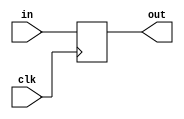
module PC(clk, in, out);

input wire clk;
input wire [31:0] in;

output wire [31:0] out;

reg [31:0] pc = 0;

always @(posedge clk)
    pc <= in;

assign out = pc;

endmodule